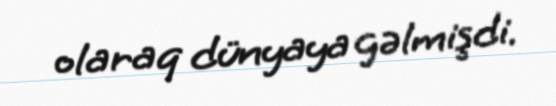
olaraq dünyaya gəlmişdi.